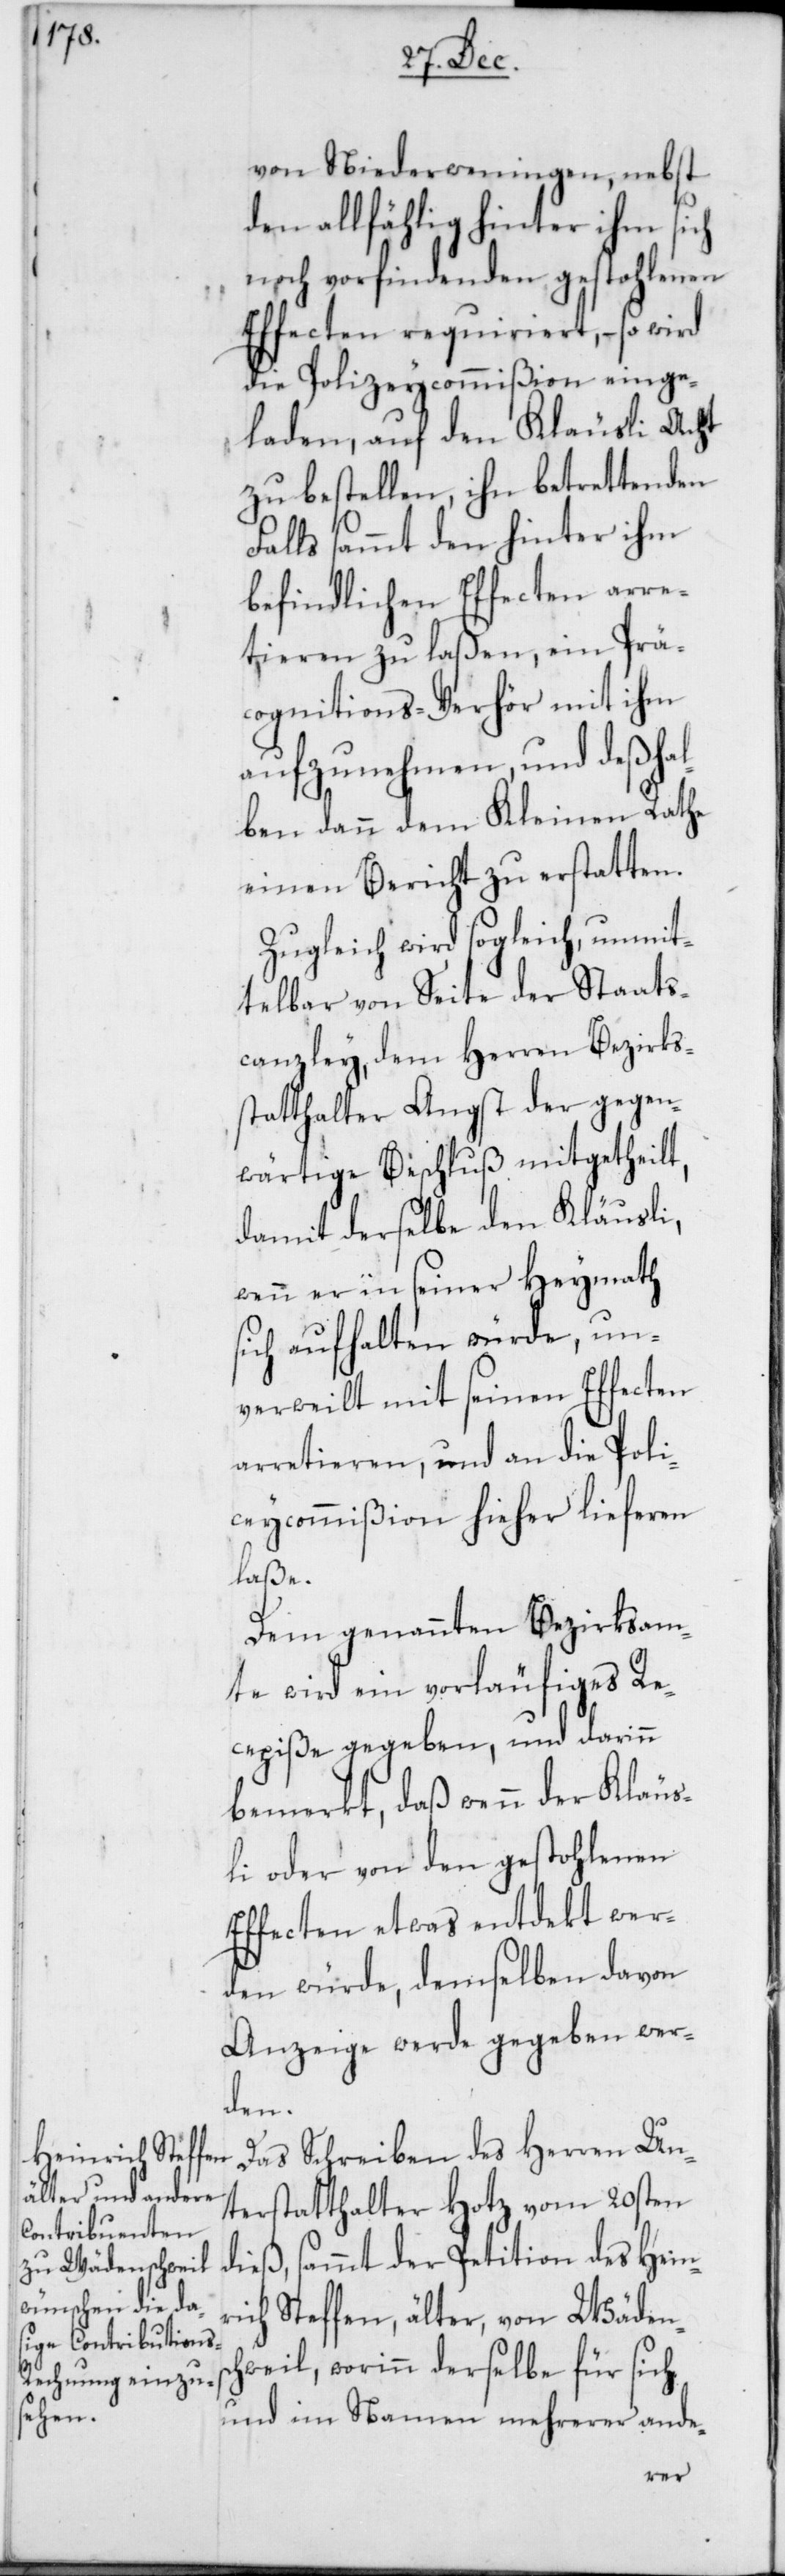
von Niederweningen, nebst
den allfählig hinter ihm sich
noch vorfindenden gestohlenen
Effecten requiriert, – so wird
die Polizeycommißion einge¬
laden, auf den Kläusli Acht
zu bestellen, ihn betrettenden
Falls sammt den hinter ihm
befindlichen Effecten arre¬
tieren zu laßen, ein Prä¬
cognitions-Verhör mit ihm
aufzunehmen, und deßha¬
lben dann dem Kleinen Rathe
einen Bericht zu erstatten.
Zugleich wird sogleich, unmit¬
telbar von Seite der Staats¬
canzley, dem Herren Bezirks¬
statthalter Angst der gegen¬
wärtige Beschluß mitgetheilt,
damit derselbe den Kläusli,
wenn er in seiner Heymath
sich aufhalten würde, un¬
verweilt mit seinen Effecten
arretieren, und an die Poli¬
zeycommißion hieher lieferen
laße.
Dem genannten Bezirksam¬
te wird ein vorläufiges Re¬
cepiße gegeben, und darinn
bemerkt, daß wenn der Kläus¬
li oder von den gestohlenen
Effecten etwas entdeckt wer¬
den würde, demselben davon
Anzeige werde gegeben wer¬
den.
Das Schreiben des Herren Un¬
terstatthalter Hotz vom 20sten
dieß, sammt der Petition des Heinr¬
ich Steffen, älter, von Wädens¬
chweil, worinn derselbe für sich
und im Namen mehrerer ande-